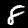
Digit: 8